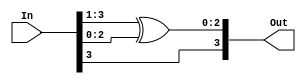
// Data Flow bcd to gray 

module bcdToGray(Out, In);
  input [3:0]In;
  output [3:0]Out;
  assign  Out[3] = In[3],
          Out[2:0] = In[3:1] ^ In[2:0];
endmodule 

module tb;
  reg [3:0]In;
  wire [3:0]Out;
  bcdToGray mod(Out, In);
  initial
  begin
    $monitor($time, " In=%4b, Out=%4b.", In, Out);
    #0  In = 4'b0000;
      repeat(9)
    #10 In = In + 4'b0001;
  end
endmodule